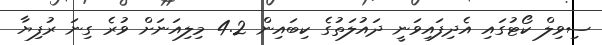
ސިވިލް ކޯޓުގައި އެދިފައިވަނީ ދައުލަތުގެ ކިބައިން 4.2 މިލިއަނަށް ވުރެ ގިނަ ރުފިޔާ